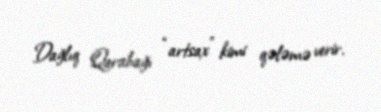
Dağlıq Qarabağı “artsax” kimi qələmə verir.